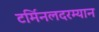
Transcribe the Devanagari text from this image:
टर्मिनलदरम्यान